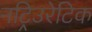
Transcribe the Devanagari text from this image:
नट्रिउरेटिक